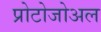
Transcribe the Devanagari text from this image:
प्रोटोजोअल